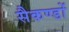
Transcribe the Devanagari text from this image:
सैकण्‍डों